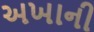
અખાની